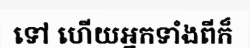
ទៅ ហើយអ្នកទាំងពីក៏